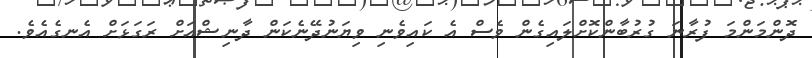
ދޮންމަންމަ ފުރާނަ ގުރުބާންކޮށްލައިގެން ވެސް އެ ކައިވެނި ވިޔަނުދޭނެކަން ދާނިޝްއަށް ރަގަޅަށް އެނގެއެވެ.